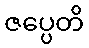
ဇပ္ပေတိ